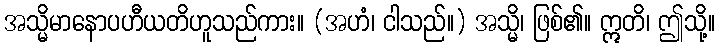
အသ္မိမာနောပဟီယတိဟူသည်ကား။ (အဟံ၊ ငါသည်။) အသ္မိ၊ ဖြစ်၏။ ဣတိ၊ ဤသို့။